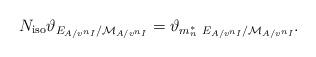
LaTeX: \begin{align*} N_\mathrm{iso} \vartheta_{E_{A/v^nI}/ \mathcal{M}_{A/v^nI}} = \vartheta_{m_n^\ast\ E_{A/v^{n}I} / \mathcal{M}_{A/v^{n}I}}.\end{align*}